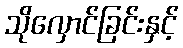
သိုလှောင်ခြင်းနှင့်